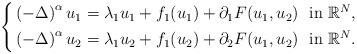
LaTeX: \begin{align*}\left\{\begin{aligned} & \left(-\Delta\right)^\alpha u_1 = \lambda_1 u_1+ f_1(u_1)+\partial_1F(u_1,u_2)\ \ \textrm{in}\ \mathbb{R}^N,\\ & \left(-\Delta\right)^\alpha u_2 = \lambda_1 u_2+ f_1(u_2)+\partial_2F(u_1,u_2) \ \ \textrm{in}\ \mathbb{R}^N.\end{aligned}\right.\end{align*}